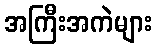
အကြီးအကဲများ